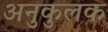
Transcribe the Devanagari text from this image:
अनुकुलक